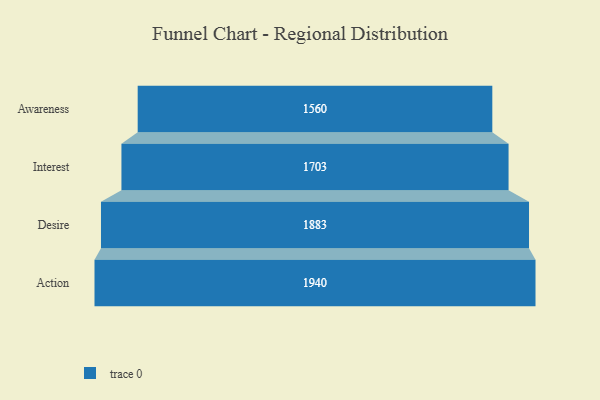
{"axis": {"x": "Stage", "y": "Value"}, "legend": [""], "data": [{"x": "Awareness", "y": 1560.0, "type": ""}, {"x": "Interest", "y": 1703.0, "type": ""}, {"x": "Desire", "y": 1883.0, "type": ""}, {"x": "Action", "y": 1940.0, "type": ""}]}